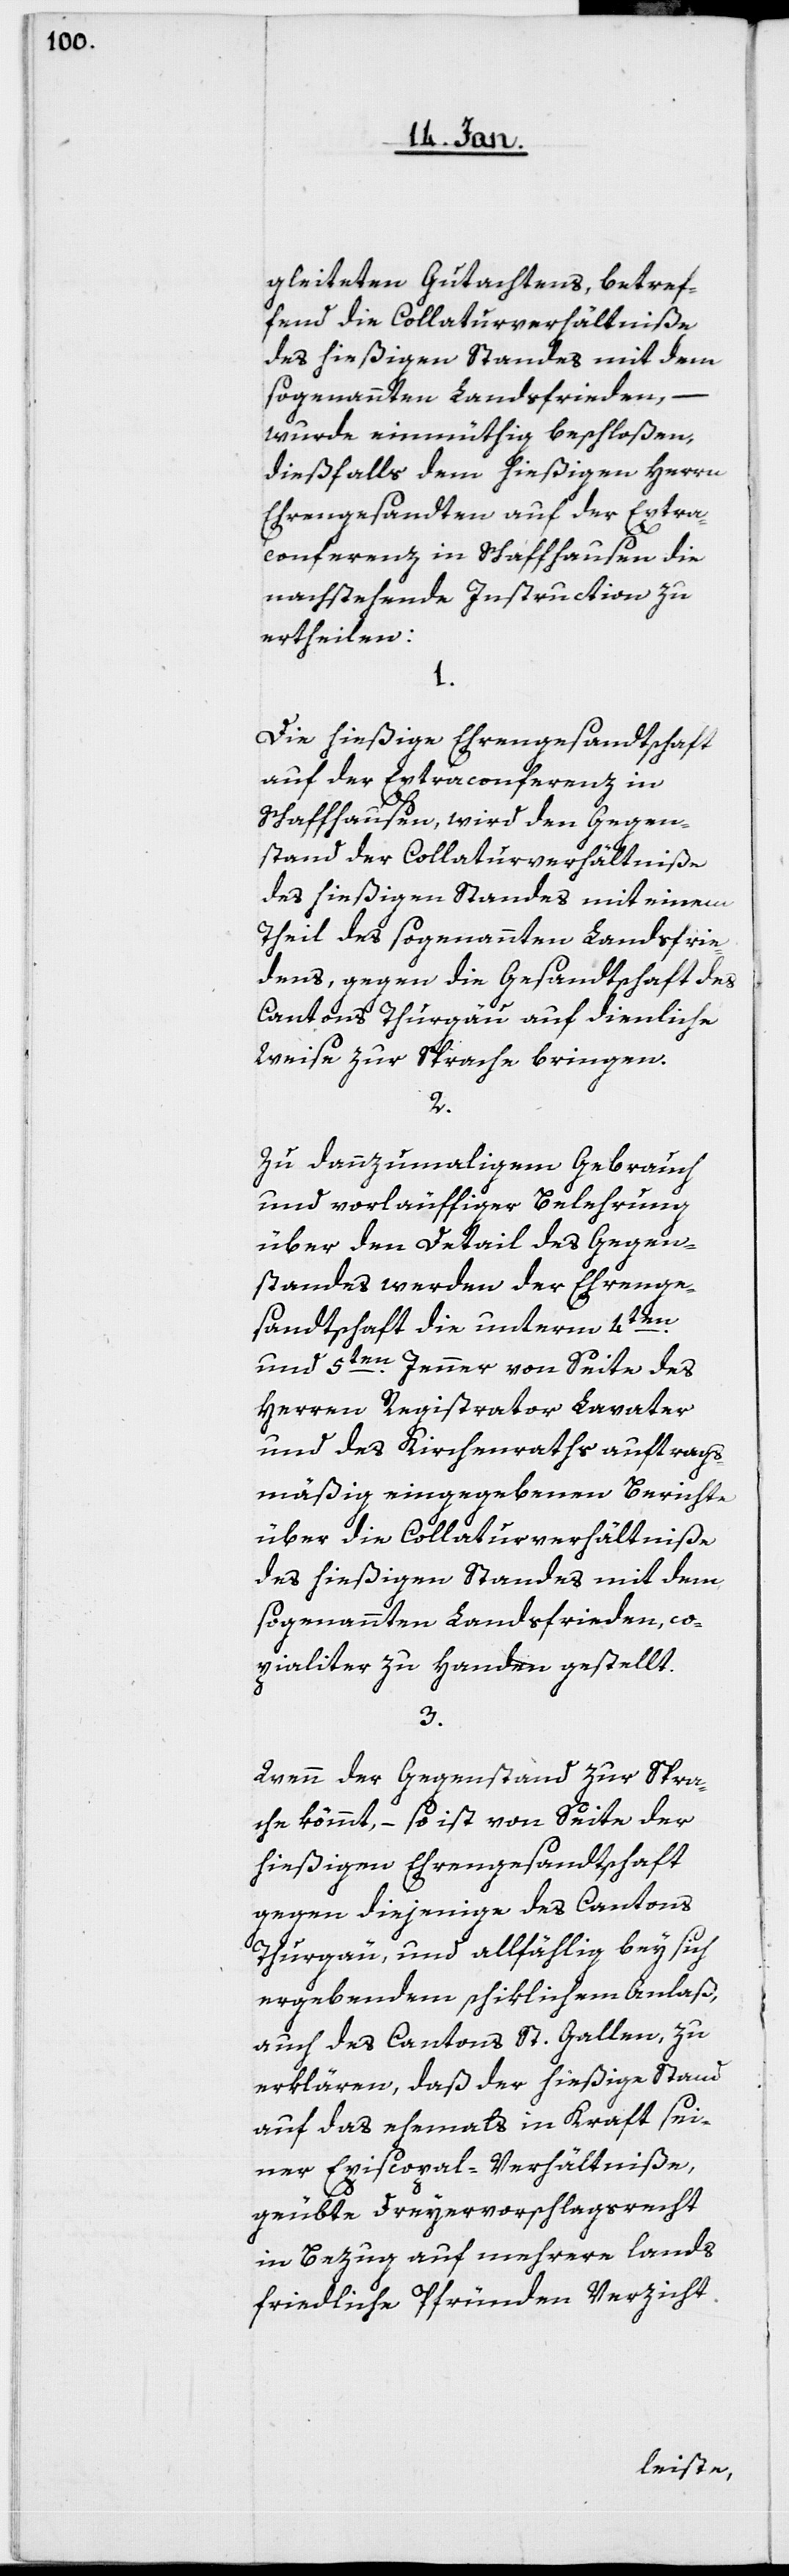
gleiteten Gutachtens, betref¬
fend die Collaturverhältniße
des hießigen Standes mit dem
sogenannten Landsfrieden, –
wurde einmüthig beschloßen,
dießfalls dem hießigen Herrn
Ehrengesandten auf der Extra¬
conferenz in Schaffhausen die
nachstehende Instruction zu
ertheilen:
1.
Die hießige Ehrengesandtschaft
auf der Extraconferenz in
Schaffhausen, wird den Gegen¬
stand der Collaturverhältniße
des hießigen Standes mit einem
Theil des sogenannten Landsfrie¬
dens, gegen die Gesandtschaft des
Cantons Thurgau auf dienliche
Weise zur Sprache bringen.
2.
Zu dannzumaligem Gebrauch
und vorläuffiger Belehrung
über den Detail des Gegen¬
standes werden der Ehrenge¬
sandtschaft die unterm 4ten.
und 5ten.
Jenner von Seite des
Herren Registrator Lavater
und des Kirchenraths auftrags¬
mäßig eingegebenen Berichte
über die Collaturverhältniße
des hießigen Standes mit dem
sogenannten Landsfrieden, co¬
pialiter zu Handen gestellt.
3.
Wenn der Gegenstand zur Spra¬
che kömmt, – so ist von Seite der
hießigen Ehrengesandtschaft
gegen diejenige des Cantons
Thurgäu, und allfählig bey sich
ergebendem schiklichem Anlaß,
auch des Cantons St. Gallen, zu
erklären, daß der hießige Stand
auf das ehemals in Kraft sei¬
ner Episcopal-Verhältniße,
geübte Dreyervorschlagsrecht
in Bezug auf mehrere lands
friedliche Pfründen Verzicht